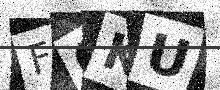
Text: FOKU